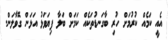
އެއީ ކަމެއް ކުރުމަށް ހުރި ބާގަނޑުތަކެއް ކަމަށް ބަލާ ފިޔަވަޅު އަޅަން ގޮވާލަން.